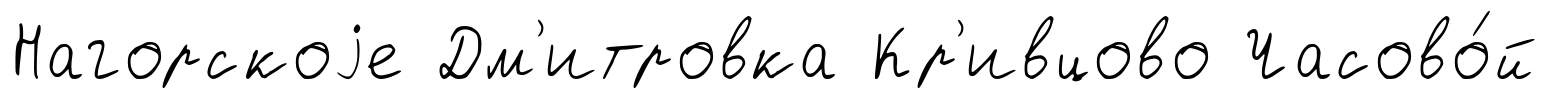
Нагорскоjе Дм'итровка Кр'ивцово Часово́й